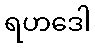
ရဟဒေါ